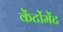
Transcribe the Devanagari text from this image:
केंटोंमेंट